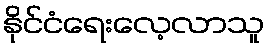
နိုင်ငံရေးလေ့လာသူ